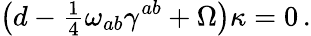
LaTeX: \left(d-{\textstyle\frac{1}{4}}\omega_{ab}\gamma^{ab}+\Omega\right)\kappa=0\, .